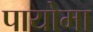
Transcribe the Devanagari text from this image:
पायोमा